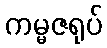
ကမ္မဇရုပ်